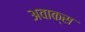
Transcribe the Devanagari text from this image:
अवाक्स